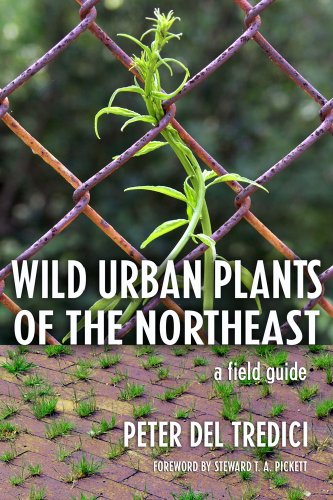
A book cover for Wild Urban Plants of the Northeast: A Field Guide; Peter Del Tredici; Crafts, Hobbies & Home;